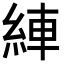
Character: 𦀺